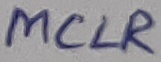
Text: MCLR